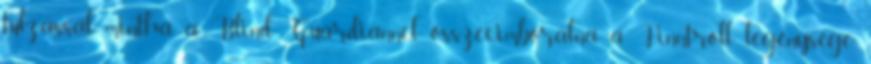
túlzással mintha a Blind Guardiannel összecimborálna a Finntroll legénysége,